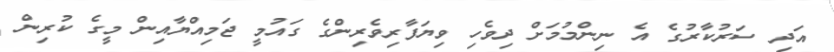
އަދި ސަރުކާރުގެ އެ ނިންމުމަށް ދިވެހި ވިޔަފާރިވެރިންގެ ގައުމީ ޖަމިއްޔާއިން މީގެ ކުރިން